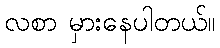
လစာ မှားနေပါတယ်။